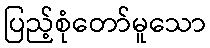
ပြည့်စုံတော်မူသော